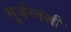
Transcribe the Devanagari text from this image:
गुर्जरवंशी